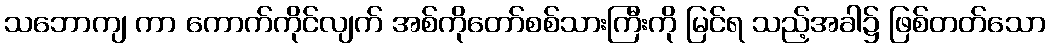
သဘောကျ ကာ ကောက်ကိုင်လျက် အစ်ကိုတော်စစ်သားကြီးကို မြင်ရ သည့်အခါ၌ ဖြစ်တတ်သော